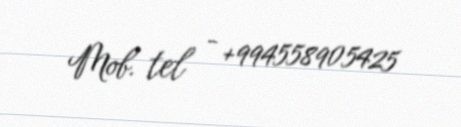
Mob. tel - +994558905425